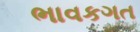
ભાવકગત